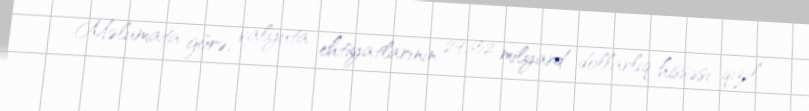
Məlumata görə, valyuta ehtiyatlarının 29,652 milyard dollarlıq hissəsi qızıl